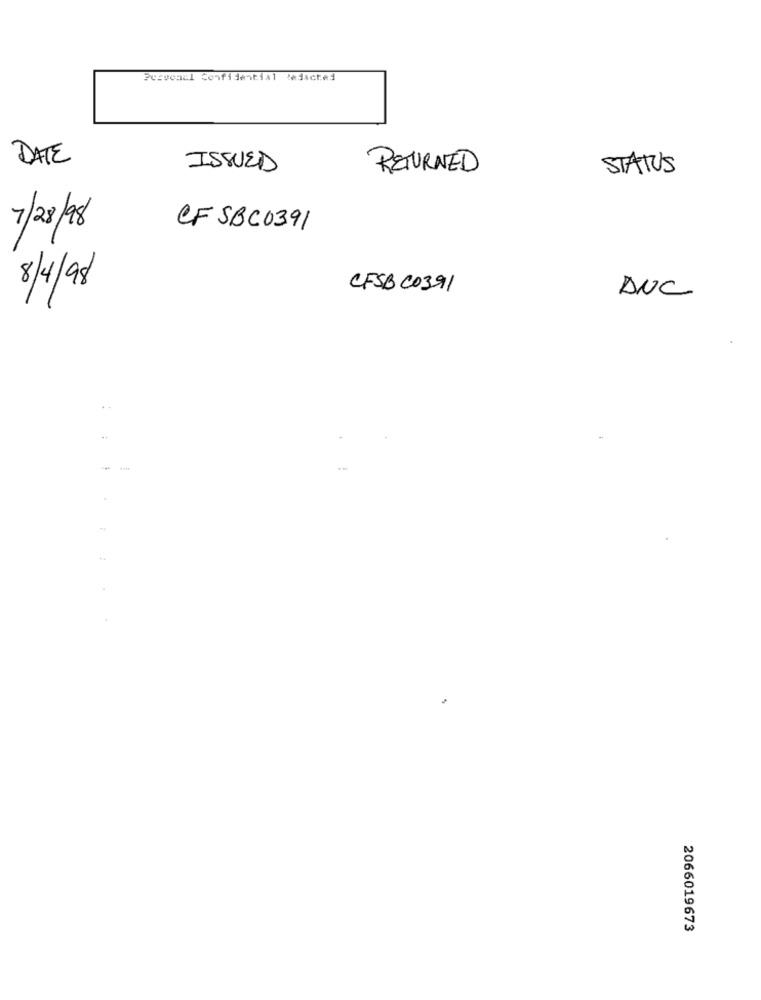
Pesvonul Confidential tedacted
DATE
ISSUED
RETURNED
STATUS
7/28/98
CF SBC0391
8/4/98
CFSBC0391
ANC
---
2066019673